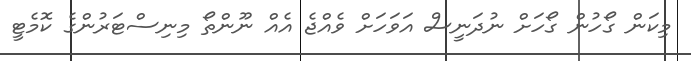
މިކަން ގޯހުން ގޯހަށް ނުދަނީސް އަވަހަށް ވެއްޖެ އެއް ނޫންތޯ މިނިސްޓަރުންގެ ކޮމެޓީ